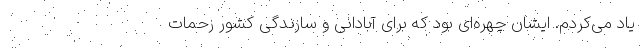
یاد می‌کردم. ایشان چهره‌ای بود که برای آبادانی و سازندگی کشور زحمات